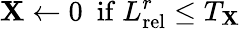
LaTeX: \mathbf{X}\leftarrow 0\ \ \mathrm{if}\ L_{\mathrm{rel}}^{r}\leq T_{\mathbf{X}}